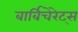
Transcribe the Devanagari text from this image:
बार्बिचेरेट्स